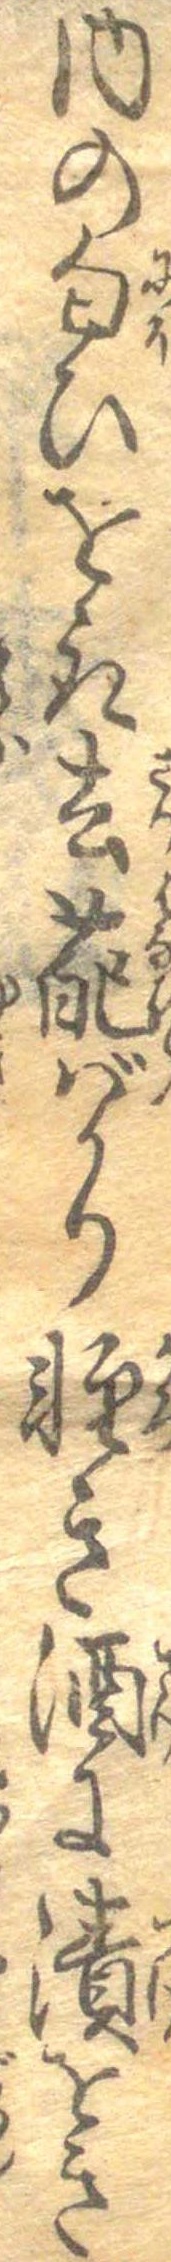
内の匂ひを取去葩ばかり軽き酒に漬をき